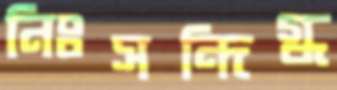
নিঃসন্দিগ্ধ